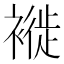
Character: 褷